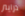
درايبر